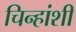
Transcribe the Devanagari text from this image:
चिन्हांशी